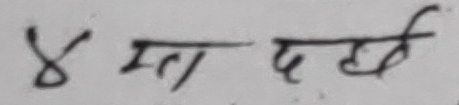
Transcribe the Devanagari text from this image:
४ मत् दर्ख